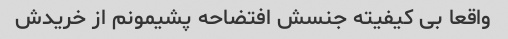
واقعا بی کیفیته جنسش افتضاحه پشیمونم از خریدش